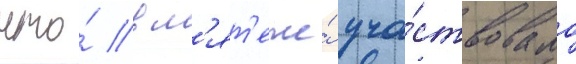
что́ в м'ят'еже́ уча́ствовало